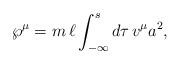
LaTeX: \begin{align*}{\wp}^\mu=m\,\ell\int_{-\infty}^{ s} d\tau\, v^\mu a^2, \end{align*}